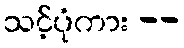
သင့်ပုံကား --